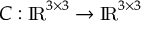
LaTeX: { \boldsymbol { C } } : \mathrm { { I \! R } } ^ { 3 \times 3 } \rightarrow \mathrm { { I \! R } } ^ { 3 \times 3 }